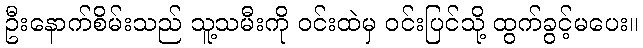
ဦးနောက်စိမ်းသည် သူ့သမီးကို ဝင်းထဲမှ ဝင်းပြင်သို့ ထွက်ခွင့်မပေး။